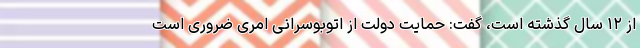
از ۱۲ سال گذشته است، گفت: حمایت دولت از اتوبوسرانی امری ضروری است